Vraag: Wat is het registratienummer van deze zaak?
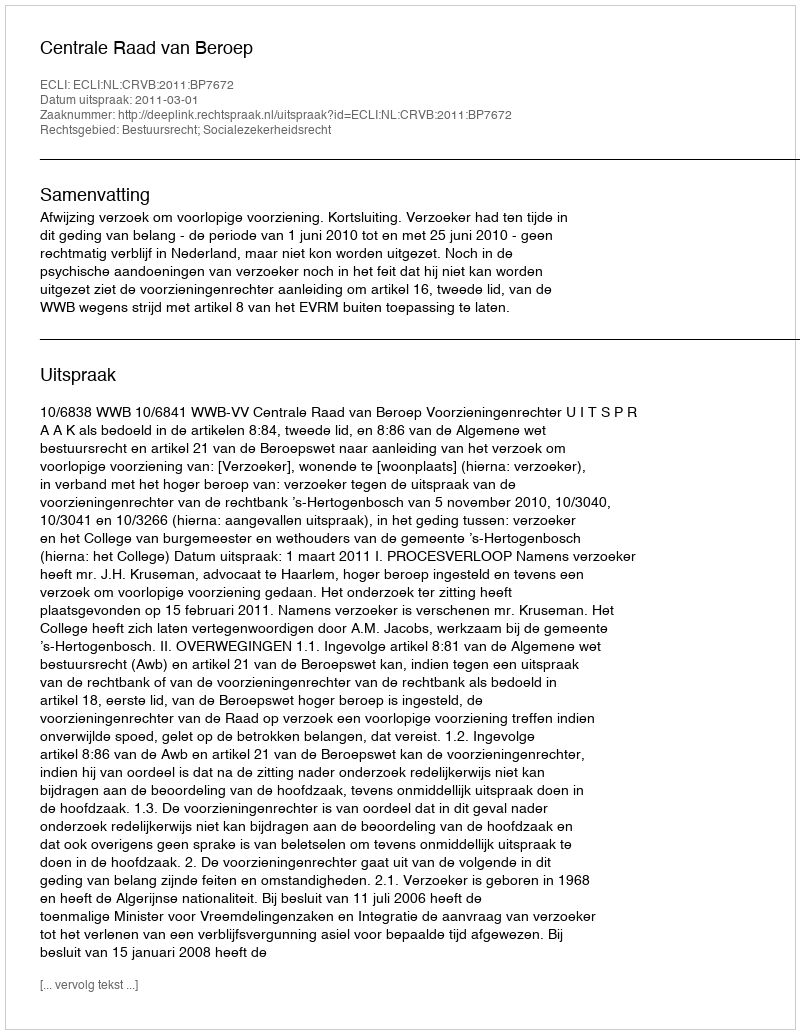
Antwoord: http://deeplink.rechtspraak.nl/uitspraak?id=ECLI:NL:CRVB:2011:BP7672